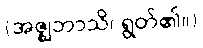
(အဇ္ဈဘာသိ၊ ရွတ်၏။)